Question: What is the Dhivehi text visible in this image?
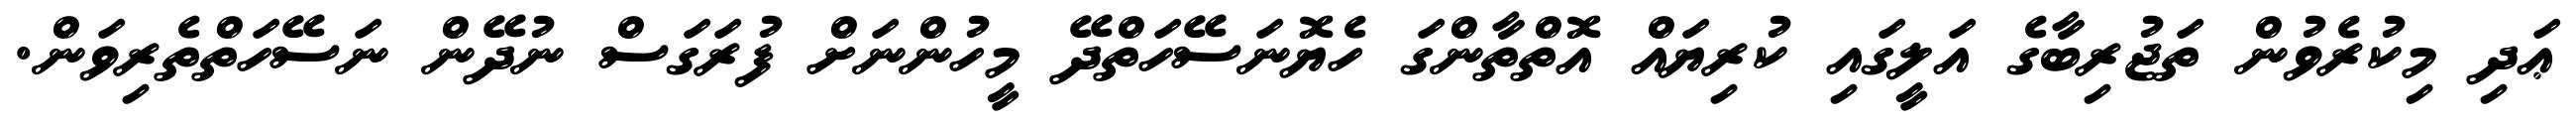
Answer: ޢަދި މިކުރެވުން ތަޖުރިބާގެ އަލީގައި ކުރިޔައް އޮތްތާންގަ ހެޔޮނަސޭހަތްދޭ މީހުންނަށް ފުރަގަސް ނުދޭން ނަސޭހަތްތެރިވަން.